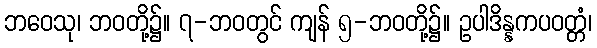
ဘဝေသု၊ ဘဝတို့၌။ ၇-ဘဝတွင် ကျန် ၅-ဘဝတို့၌။ ဥပါဒိန္နကပဝတ္တံ၊